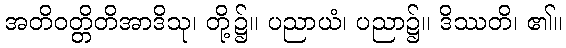
အတိဝတ္တိတိအာဒိသု၊ တို့၌။ ပညာယံ၊ ပညာ၌။ ဒိဿတိ၊ ၏။